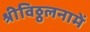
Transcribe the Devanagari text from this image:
श्रीविठ्ठलनामें